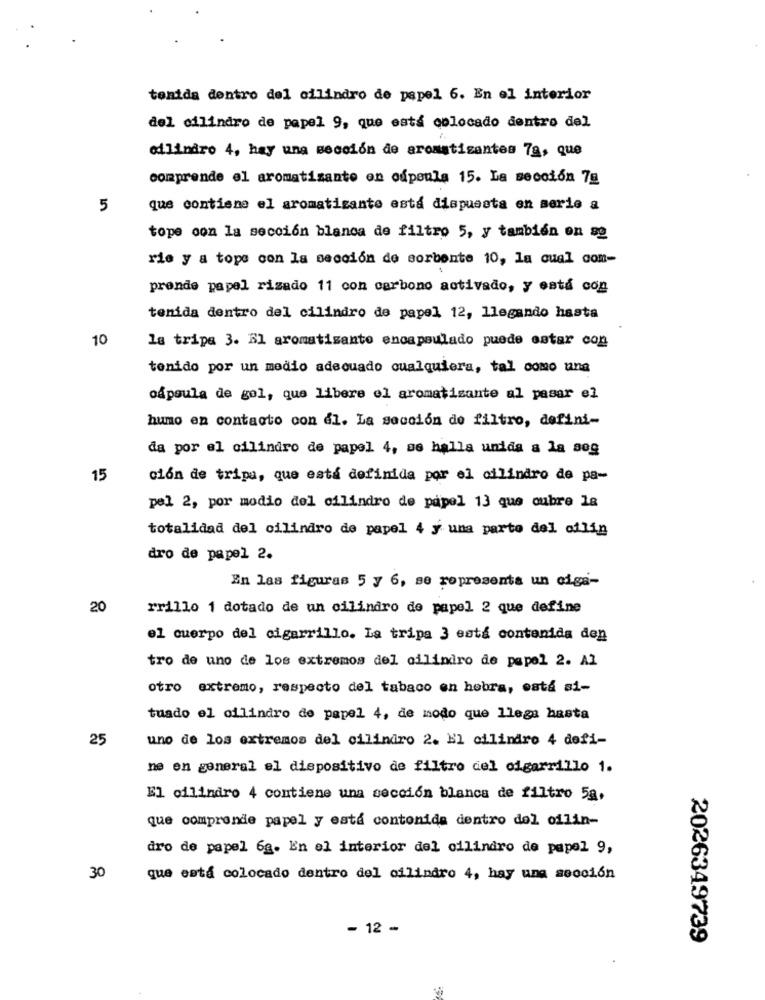
tenida dentro del cilindro de papel 6. En el interior
del cilindro de papel 9, que está colocado dentro del
odlindro 4, hay una sección de aromatizantes 7g, que
comprende el aromatizante en ośpeula 15. La sección 7g
5
que contiene el aromatizante está dispuesta en serie a
tope con la sección blanca de filtro 5, y también on se
rie y a tope con la sección de sorbente 10, la cual com-
prende papel rizado 11 con carbono activado, y está con
tenida dentro del cilindro de papel 12, llegando hasta
10
la tripa 3. El aromatisanto encapsulado puede estar con
tenido por un medio adecuado cualquiera, tal como una
cápsula de gol, que libere el aromatizante al pasar el
humo en contacto con el. La sección do filtro, defini-
da por el cilindro de papel 4, se halla unida a la seg
15
ción de tripa, que está definida por el cilindro de pa-
pel 2, por medio del cilindro de papel 13 que cubre la
totalidad del cilindro de papel 4 y una parto del oflin
dro de papel 2.
En las figuras 5 y 6, se ropresenta un ciga-
20
rrillo 1 dotado de un cilindro de papel 2 que define
el cuerpo del cigarrillo. La tripa 3 está contenida den
tro de uno de los extremos del cilindro de papel 2. Al
otro extremo, respecto del tabaco en hobra, está si-
tuado el cilindro de papel 4, de modo que llega hasta
25
uno de los extremos del cilindro 2. El cilindro 4 defi-
ne en general el dispositivo de filtro del cigarrillo 1.
El cilindro 4 contiene una sección blanca de filtro 5a.
que comprende papel y esta contonide dentro del oilin-
dro de papel 6g. En el interior del cilindro de papel 9,
30
que está colocado dentro del cilindro 4, hay una sección
- 12 -
2026349739